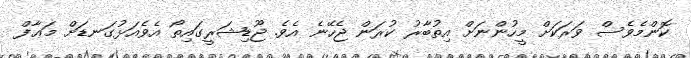
ކޮންމެވެސް ވަރަކަށް މީހުންނަށް އިތުބާރު ކުރަން ޖެހޭނެ އެވެ. ޖޫޑިޝަރީގައިތޯ އެވެއަޅުގަނޑަށް މަޢާފް